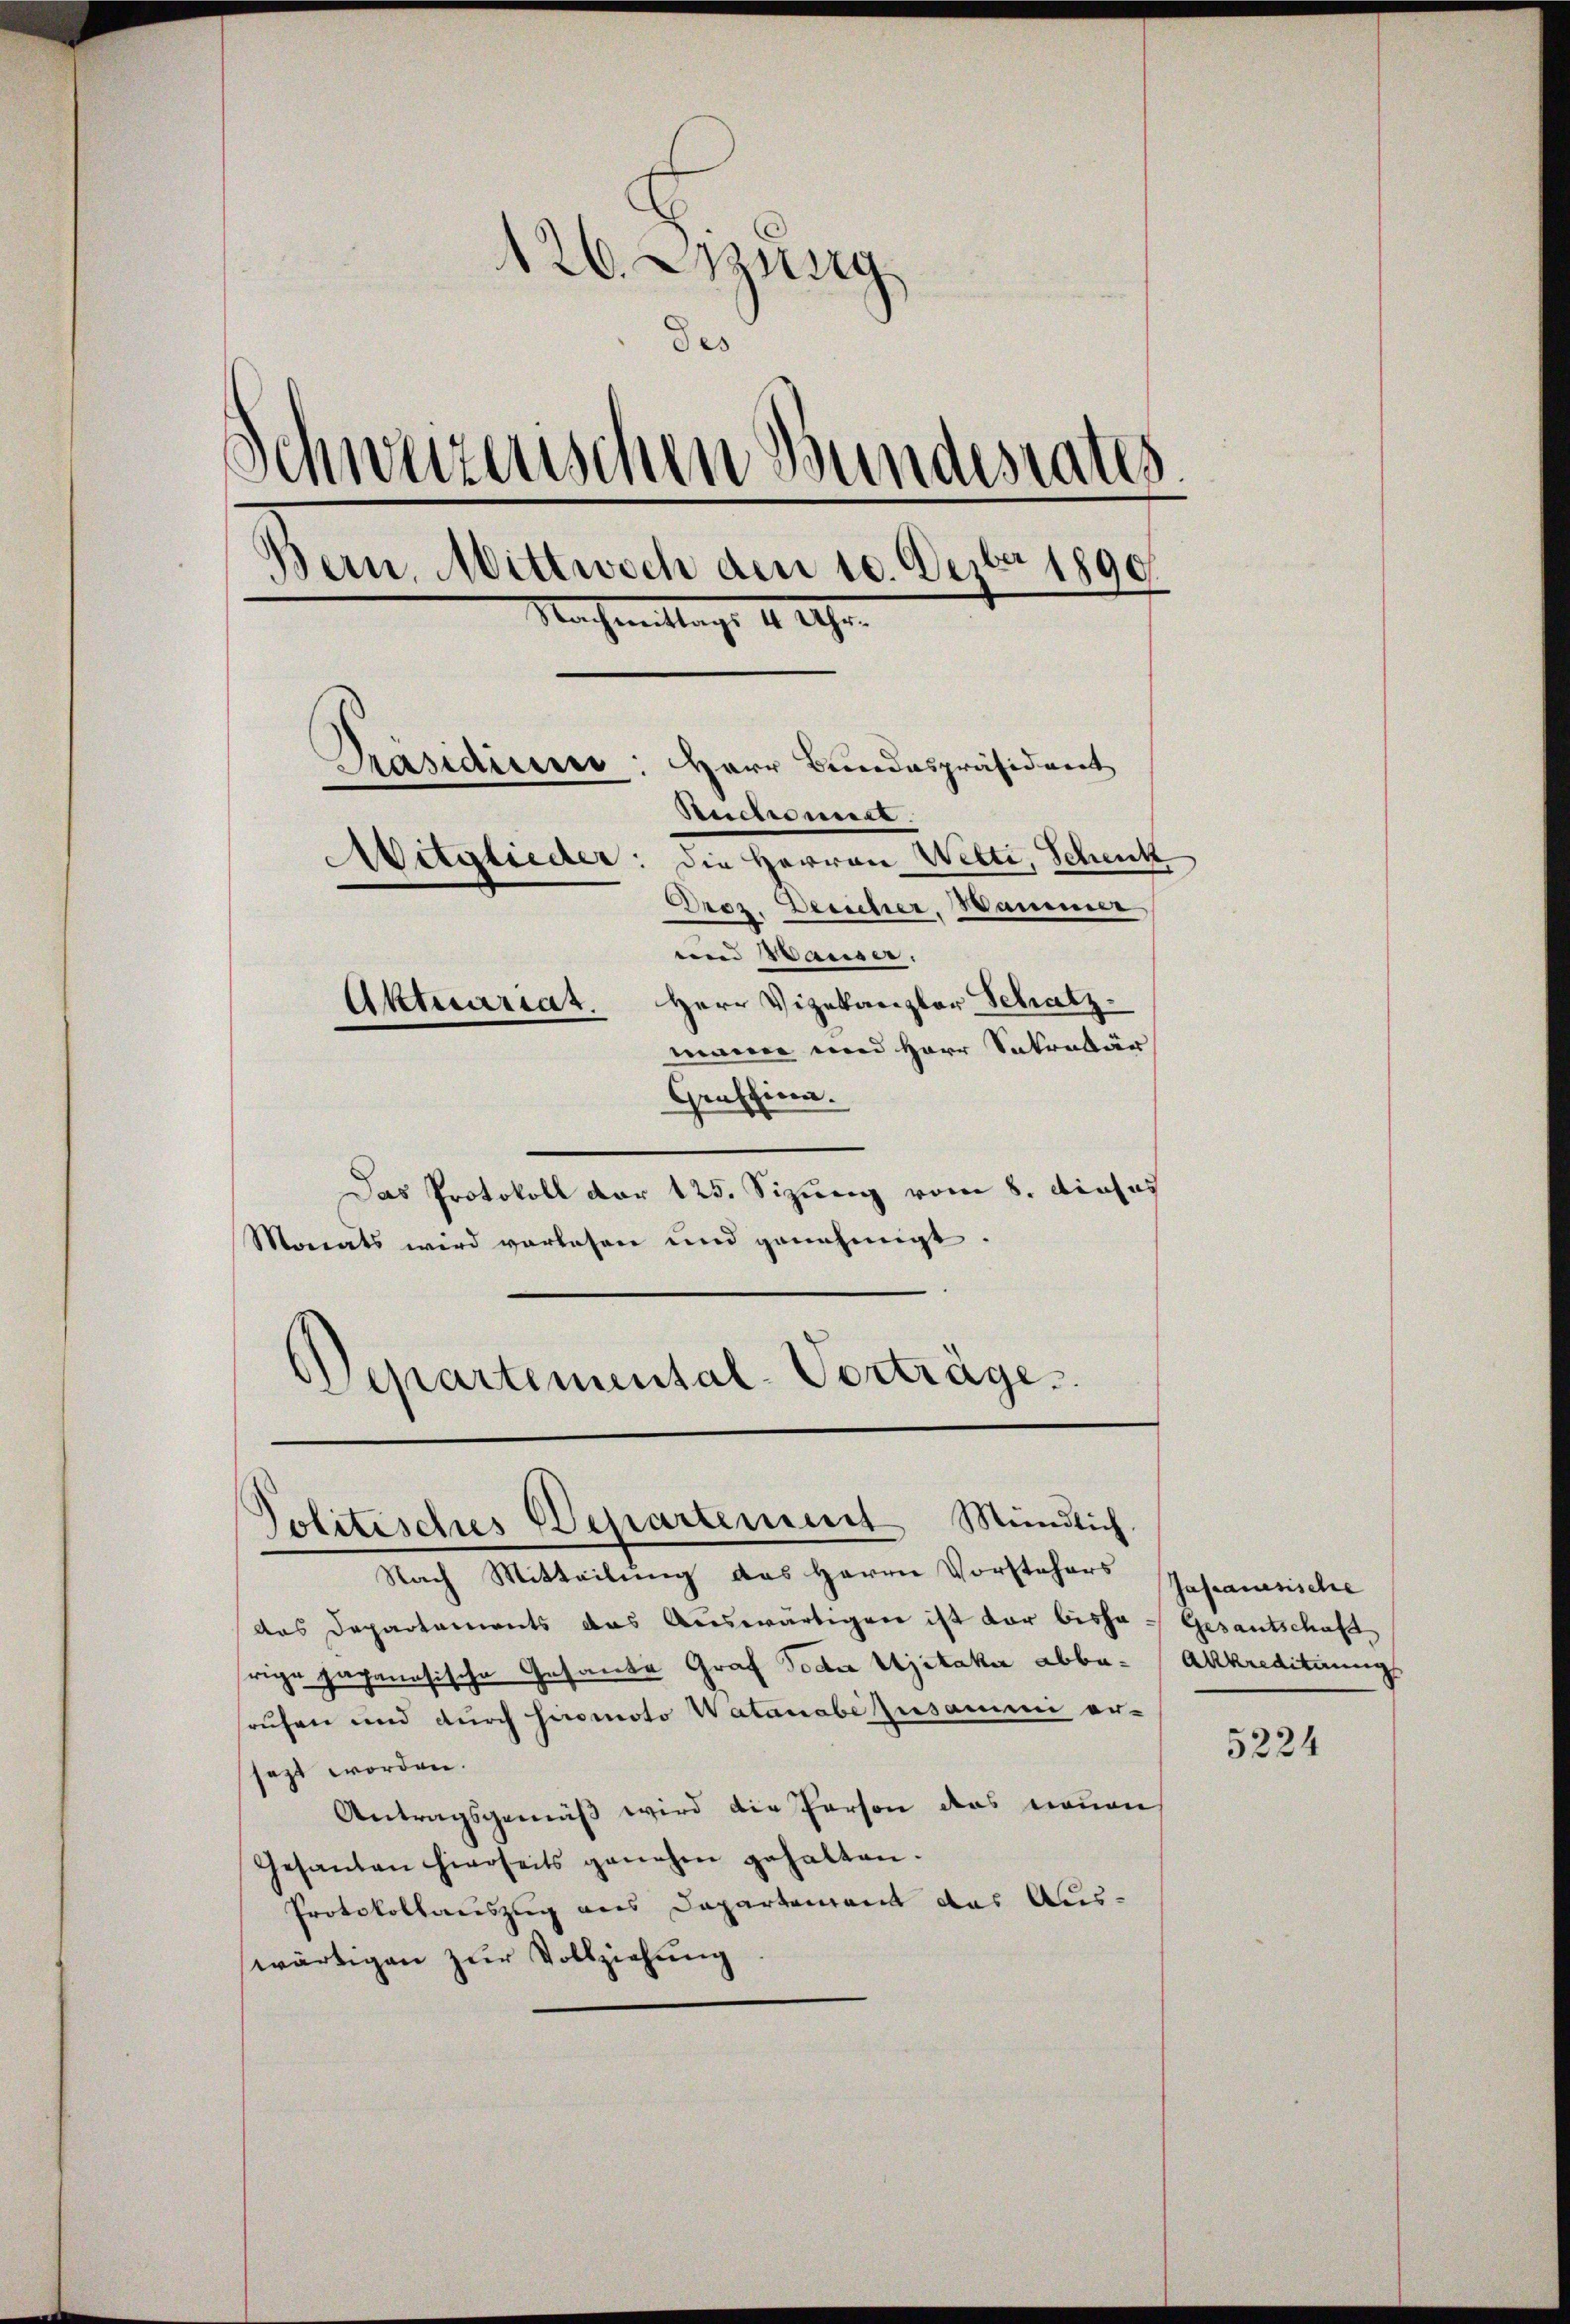
126. Sitzung
des
¬
sinwuzenischen Bundesrates
Bern, Mittwoch den 10. Dezbr 1890.
Nachmittags 1 Uhr.
Herr Bundespräsident
Präsidium
Ruchromie.
Aitglieder: die Herren Welti, Schenk
Droz. Dericher, Hammer
und Hauser.
Herr Vizekanzler Schatz
Aktuariatr.
manne und Herr Sekretär

Graschien.
Das Protokoll der 125. Sizung vom 8. dieses
Monats wird vorlesen und genehmigt.
Departemental-Vorträge.

Politisches Departement Mündlich.

Nach Mitteilung des Herrn Vorstehers Gasanesische
das Departements das Auswärtigen ist vor bisha Gesantschuß
frige Japanesische Gesande Graf Tode Ujitaka abbasruhen und durch siromoto Watanabe zusammi er-
sezt worden.
Antragsgemäß wird die Person das neuen
Gesanten hierseits genehm gehalten.
Protokollauszug aus Departement das Auswärtigen zur Vollziehung

Akkrediterung

5224